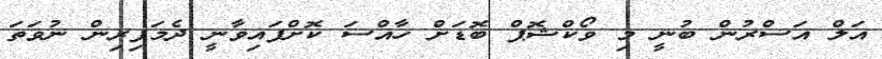
އަލް އަސްރުން ބުނީ މި ވޯކްޝޮޕް ބޮޑަށް ހާއްސަ ކޮށްފައިވާނީ ދެމަފިރިން ނުވަތަ